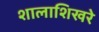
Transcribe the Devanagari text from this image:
शालाशिखरे